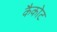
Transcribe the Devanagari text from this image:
कैकोट